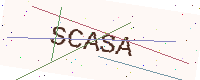
Text: SCASA